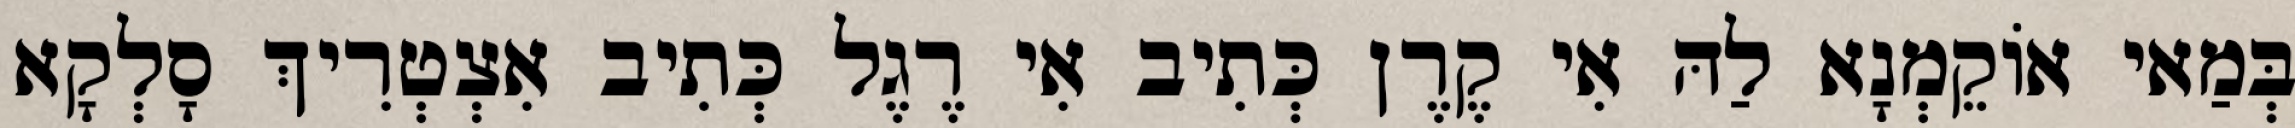
בְּמַאי אוֹקֵמְנָא לַהּ אִי קֶרֶן כְּתִיב אִי רֶגֶל כְּתִיב אִצְטְרִיךְ סָלְקָא